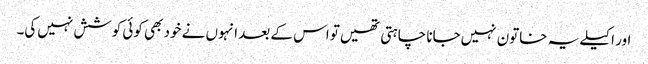
اور اکیلے یہ خاتون نہیں‌جانا چاہتی تھیں‌تو اس کے بعد انہوں نے خود بھی کوئی کوشش نہیں‌کی۔